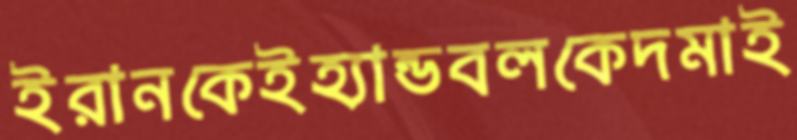
ইরানকেইহ্যান্ডবলকেদমাই